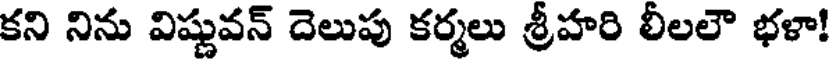
కని నిను విష్ణువన్ దెలుపు కర్మలు శ్రీహరి లీలలౌ భళా!